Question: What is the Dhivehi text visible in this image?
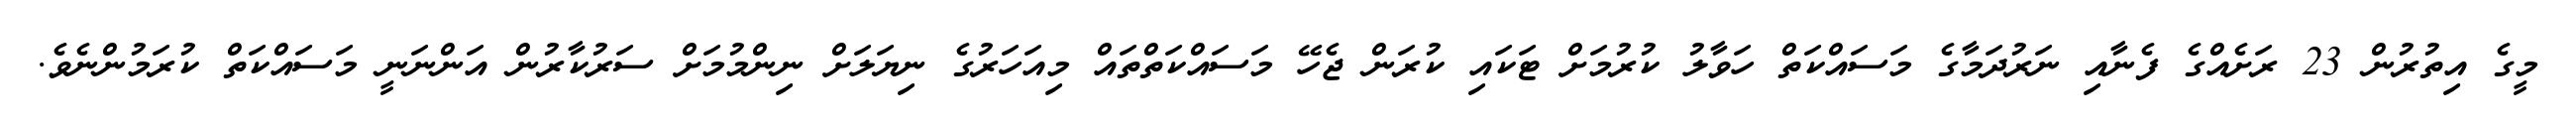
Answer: މީގެ އިތުރުން 23 ރަށެއްގެ ފެނާއި ނަރުދަމާގެ މަސައްކަތް ހަވާލު ކުރުމަށް ޓަކައި ކުރަން ޖެހޭ މަސައްކަތްތައް މިއަހަރުގެ ނިޔަލަށް ނިންމުމަށް ސަރުކާރުން އަންނަނީ މަސައްކަތް ކުރަމުންނެވެ.